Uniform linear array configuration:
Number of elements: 24
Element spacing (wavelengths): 0.75
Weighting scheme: binomial
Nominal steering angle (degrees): -60
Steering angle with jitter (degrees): -60.355
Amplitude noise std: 0.05
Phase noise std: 0.05

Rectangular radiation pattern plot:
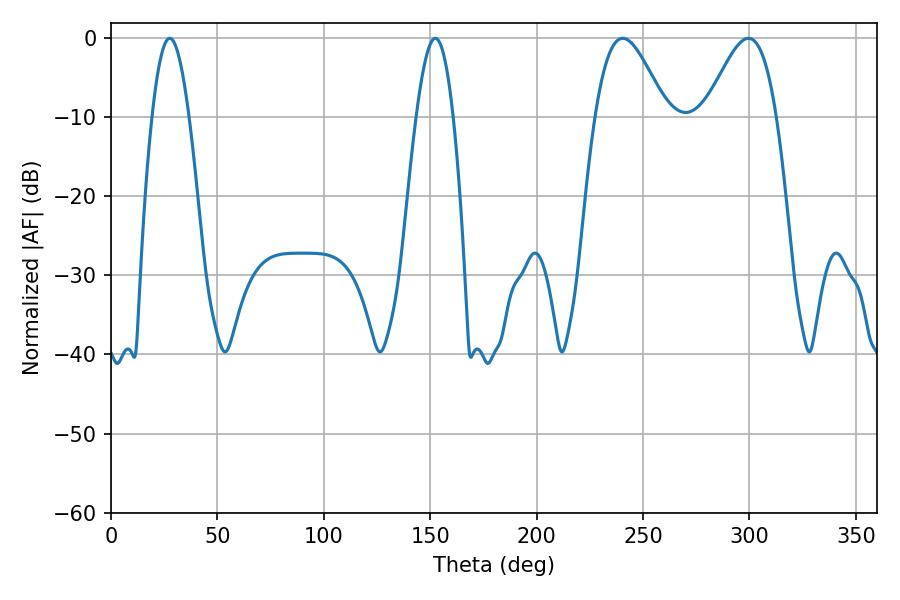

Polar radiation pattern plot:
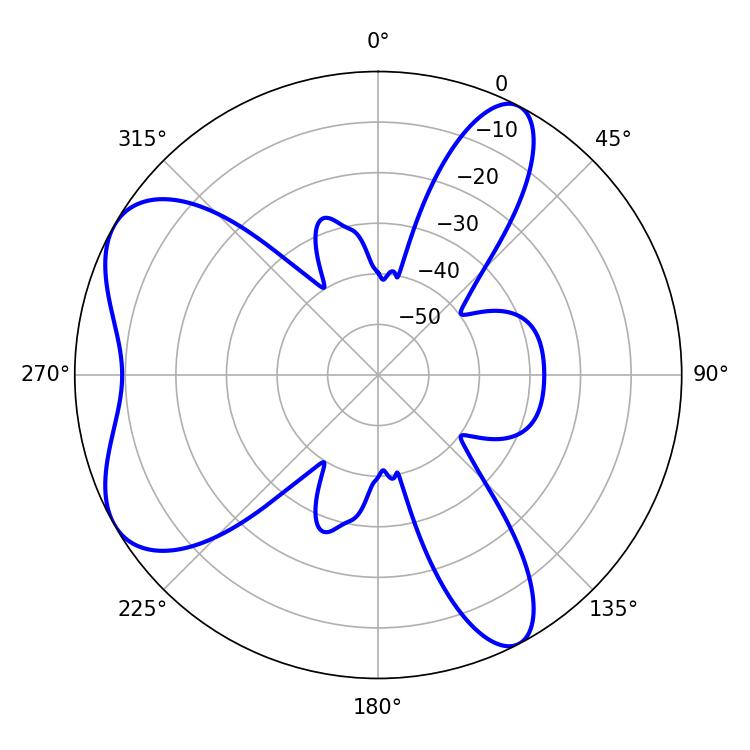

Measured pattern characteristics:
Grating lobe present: TRUE
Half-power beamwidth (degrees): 17.64
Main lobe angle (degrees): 240.48